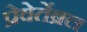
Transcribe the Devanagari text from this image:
प्रेवेर्तेब्रल